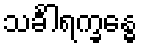
သင်္ခါရက္ခန္ဓေ